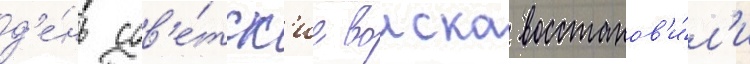
д'е́нь сов'е́тск'ие воиска восстанов'и́л'и